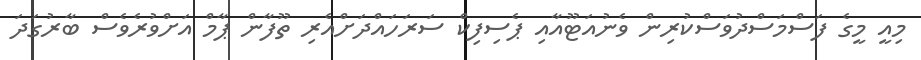
މިއީ މީގެ ފަސްމަސްދުވަސްކުރިން ވެނުއަޓޫއާއި ޕެސިފިކް ސަރަހައްދަށްއެރި ތޫފާން ޕާމް އަށްވުރެވެސް ބާރުގަދަ